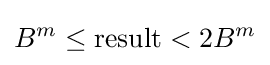
B^{m}\leq {\text{result}}<2B^{m}